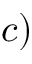
c )